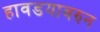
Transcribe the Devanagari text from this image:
हावडयावरुन